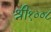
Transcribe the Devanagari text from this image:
श्री१००८